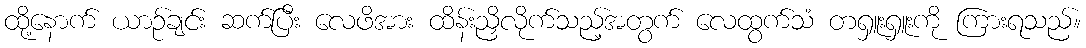
ထို့နောက် ယာဉ်ချင်း ဆက်ပြီး လေဖိအား ထိန်းညှိလိုက်သည့်အတွက် လေထွက်သံ တရှူးရှူးကို ကြားရသည်။